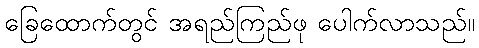
ခြေထောက်တွင် အရည်ကြည်ဖု ပေါက်လာသည်။